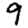
Digit: 9